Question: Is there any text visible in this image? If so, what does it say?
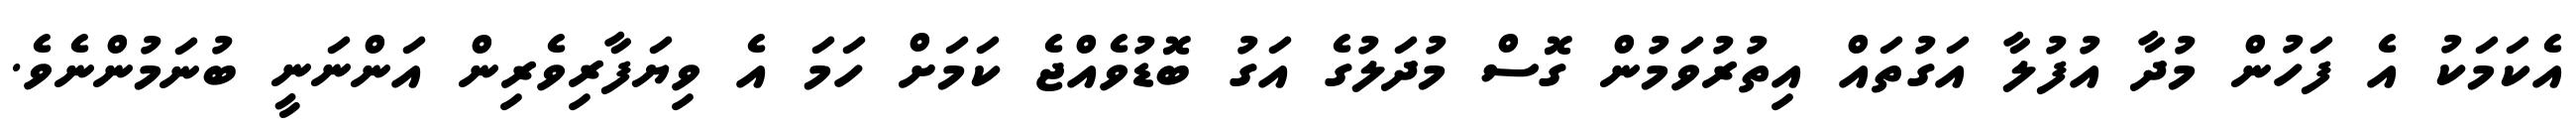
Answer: އެކަމަކު އެ ފަހުން މުދާ އުފުލާ އަގުތައް އިތުރުވަމުން ގޮސް މުދަލުގެ އަގު ބޮޑުވެއްޖެ ކަމަށް ހަމަ އެ ވިޔަފާރިވެރިން އަންނަނީ ބުނަމުންނެވެ.